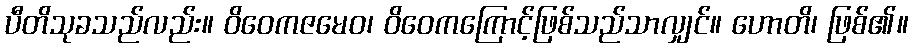
ပီတိသုခသည်လည်း။ ဝိဝေကဇမေဝ၊ ဝိဝေကကြောင့်ဖြစ်သည်သာလျှင်။ ဟောတိ၊ ဖြစ်၏။